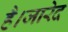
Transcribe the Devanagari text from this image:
है।जारेद